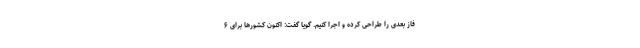
فاز بعدی را طراحی کرده و اجرا کنیم. گویا گفت: اکنون کشورها برای ۶